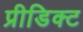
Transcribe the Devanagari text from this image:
प्रीडिक्ट